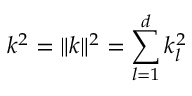
k ^ { 2 } = \| \ensuremath { \boldsymbol { k } } \| ^ { 2 } = \sum _ { l = 1 } ^ { d } k _ { l } ^ { 2 }